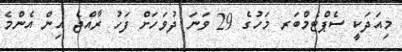
މިއަދަކީ ސެޕްޓެމްބަރ މަހުގެ 29 ވަނަ ދުވަހަށް ފަހު ރާއްޖެ އިން އެންމެ